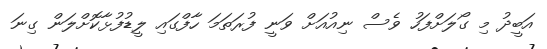
އަބީދު މި ގޯލަށްފަހު ވެސް ނިއުއަށް ވަނީ ފުރަަތަމަ ހާފްގައި ލީޑުފުޅާކޮށްލަން ގިނަ